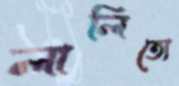
লালিত্যে